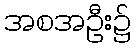
အစအဦး၌